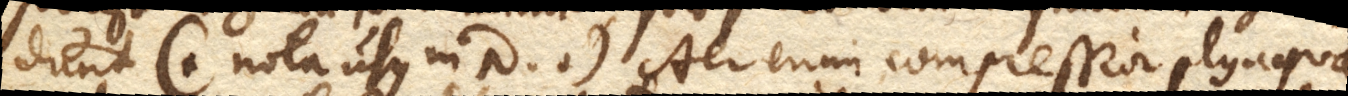
dunt (+ nota usus in 10. +). Aer enim compressior plus aquae